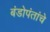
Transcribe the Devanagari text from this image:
बंडोपंतांचे